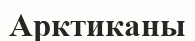
Арктиканы